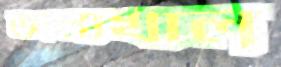
জলাখাল